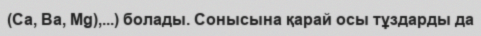
(Са, Ва, Mg),...) болады. Сонысына қарай осы тұздарды да